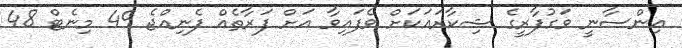
އިންސާނީ ވަގުފާރީގެ ޝިކާރައަކަށް ވެފައިވާ އަށް ފަރާތެއް ފެނިއްޖެ 49 މިނެޓް 48